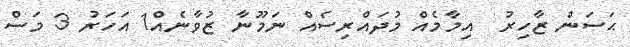
ޙަސަން ޒާހިރު  އިމާމެއް މުދައްރިސެއް ނަމޫނާ ޒުވާނެއް1 އަހަރު 3 މަސް